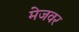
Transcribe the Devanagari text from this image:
मेजवर